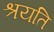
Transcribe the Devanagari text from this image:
श्रयति